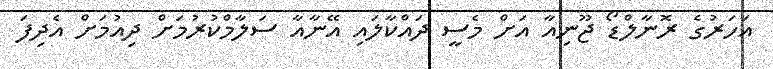
އަހަރުގެ ރޮނާލްޑޯ ޖޫނިއާ އަށް މެސީ ދައްކާލައި އޭނާއާ ސަލާމްކުރުމަށް ދިއުމަށް އެދިފަ